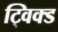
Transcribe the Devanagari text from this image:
ट्विक्ड